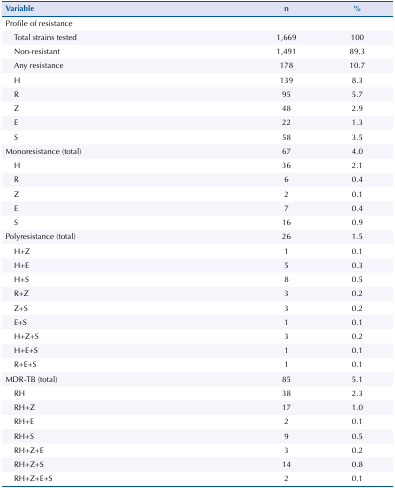
| Variable | n | % |
 | --- | --- | --- |
 | Profile of resistance |  |  |
 | Total strains tested | 1,669 | 100 |
 | Non-resistant | 1,491 | 89.3 |
 | Any resistance | 178 | 10.7 |
 | H | 139 | 8.3 |
 | R | 95 | 5.7 |
 | Z | 48 | 2.9 |
 | E | 22 | 1.3 |
 | S | 58 | 3.5 |
 | Monoresistance (total) | 67 | 4.0 |
 | H | 36 | 2.1 |
 | R | 6 | 0.4 |
 | Z | 2 | 0.1 |
 | E | 7 | 0.4 |
 | S | 16 | 0.9 |
 | Polyresistance (total) | 26 | 1.5 |
 | H+Z | 1 | 0.1 |
 | H+E | 5 | 0.3 |
 | H+S | 8 | 0.5 |
 | R+Z | 3 | 0.2 |
 | Z+S | 3 | 0.2 |
 | E+S | 1 | 0.1 |
 | H+Z+S | 3 | 0.2 |
 | H+E+S | 1 | 0.1 |
 | R+E+S | 1 | 0.1 |
 | MDR-TB (total) | 85 | 5.1 |
 | RH | 38 | 2.3 |
 | RH+Z | 17 | 1.0 |
 | RH+E | 2 | 0.1 |
 | RH+S | 9 | 0.5 |
 | RH+Z+E | 3 | 0.2 |
 | RH+Z+S | 14 | 0.8 |
 | RH+Z+E+S | 2 | 0.1 |